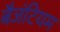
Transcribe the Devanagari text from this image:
बैजंटियम